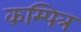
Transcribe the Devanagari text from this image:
कम्पित्र